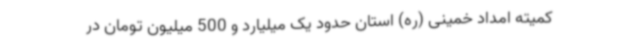
کمیته امداد خمینی (ره) استان حدود یک میلیارد و 500 میلیون تومان در